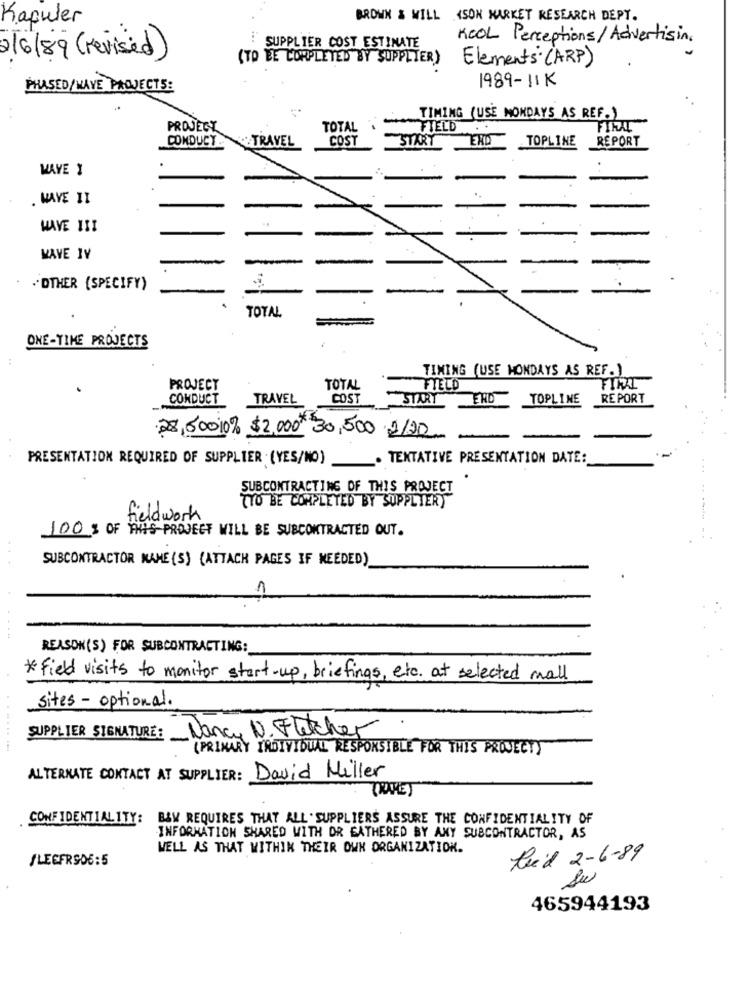
Kapuler
BROWN & WILL ISON MARKET RESEARCH DEPT.
SUPPLIER COST ESTINATE
KOOL Perceptions/ Advertising
2/6/89 (revised)
(TO EE CORPLETED BY SUPPLIER)
Elements ( ARP)
1989-11K
PHASED/HAVE PROJECTS:
TIMING (USE MONDAYS AS REF.)
PROJECT
TOTAL
FIELD
. .
CONDUCT. TRAVEL
COST
START
ERD
TOPLINE
REPORT
MAVE I
. HAVE II
-
HAVE III
WAVE IV
-
.OTHER (SPECIFY)
TOTAL
ONE-TIME PROJECTS
TIMING (USE MONDAYS AS REF. )
FIRAL
PROJECT
TOTAL
FIELD
CONDUCT
TRAVEL
COST
STARYERD
TOPLINE
REPORT
28,50010% $2,000*30,500 2/20
PRESENTATION REQUIRED OF SUPPLIER (YES/NO) . TENTATIVE PRESENTATION DATE:
SUBCONTRACTING OF THIS PROJECT
TYO BE COMPLETED BY SUPPLIERY
fieldwork
100 % OF THIS PROJECT WILL BE SUBCONTRACTED OUT.
SUBCONTRACTOR NAME (S) (ATTACH PAGES IF NEEDED)
REASON(S) FOR SUBCONTRACTING:
* Field visits to monitor start-up, briefings, etc. at selected mall
sites - optional.
SUPPLIER SIGNATURE :_ Nancy N. Fletcher
(PRIMARY INDIVIDUAL RESPONSIBLE FOR THIS PROJECTY
ALTERNATE CONTACT AT SUPPLIER: David Miller
TRAVET
CONFIDENTIALITY: B&W REQUIRES THAT ALL SUPPLIERS ASSURE THE CONFIDENTIALITY OF
INFORMATION SHARED WITH OR GATHERED BY ANY SUBCONTRACTOR, AS
WELL AS THAT WITHIN THEIR OWN ORGANIZATION.
/LEGFRS06:5
feed 2-6-89
Su
465944193